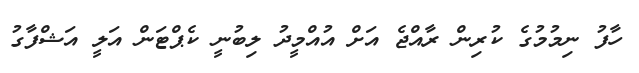
ހާފު ނިމުމުގެ ކުރިން ރާއްޖެ އަށް އުއްމީދު ލިބުނީ ކެޕްޓަން އަލީ އަޝްފާގު